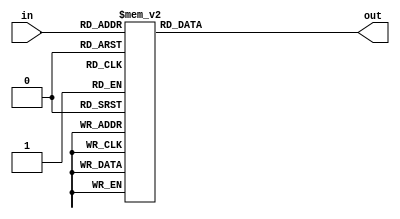
module seg7_decoder (in, out);

input       [2:0]   in;
output reg  [7:0]   out;

always @(*) begin
    case (in)
        3'b000:     out = 8'b1100_0000; // 0
        3'b001:     out = 8'b1111_1001; // 1
        3'b010:     out = 8'b1010_0100; // 2
        3'b011:     out = 8'b1011_0000; // 3
        3'b100:     out = 8'b1001_1001; // 4
        3'b101:     out = 8'b1001_0010; // 5
        3'b110:     out = 8'b1000_0010; // 6
        3'b111:     out = 8'b1111_1000; // 7
        default:    out = 8'b1111_1111; // turn off
    endcase
end

endmodule